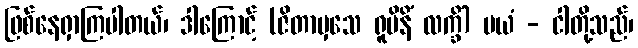
ဖြစ်နေရှာကြပါတယ်၊ ဒါကြောင့် (ဇိတာမှသေ ရူပိနိံ လက္ခိံ) မယံ - ငါတို့သည်၊